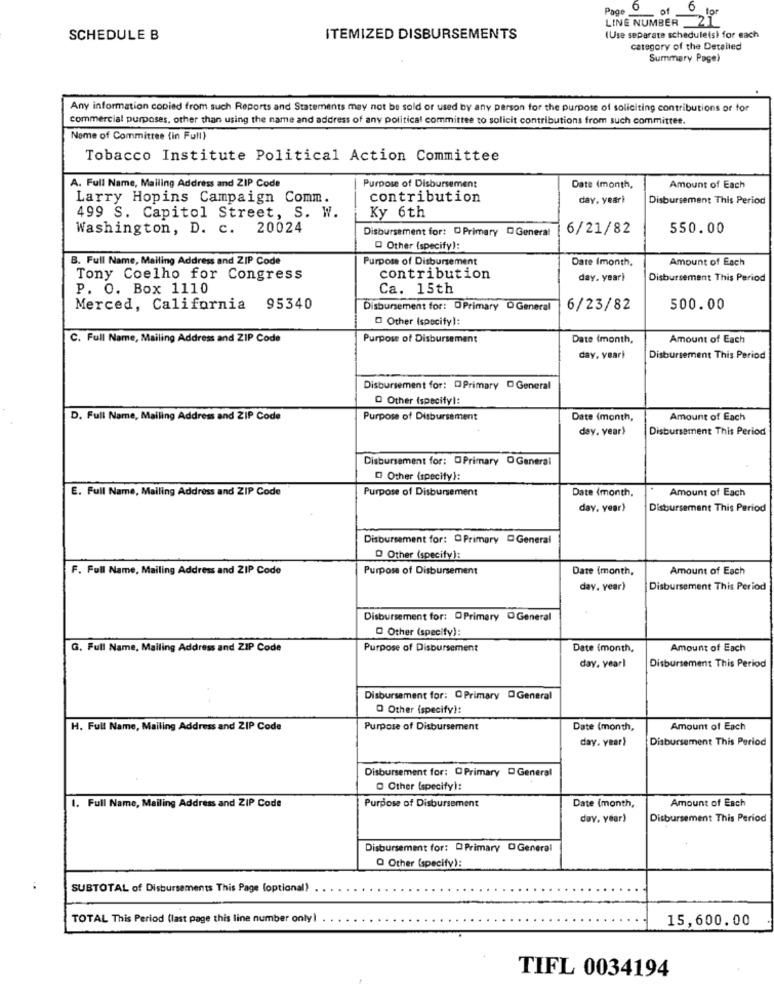
Page O
of 0
LINE NUMBER 2'"
SCHEDULE B
ITEMIZED DISBURSEMENTS
(Use separate schedule(s) for each
category of the Detailed
Summary Page)
Any information copied from such Reports and Statements may not be sold or used by any person for the purpose of soliciting contributions or for
commercial purposes, other than using the name and address of any political committee to solicit contributions from such committee.
Name of Committee (in Full)
Tobacco Institute Political Action Committee
A. Full Name, Mailing Address and ZIP Code
Purpose of Disbursement
Date (month,
Amount of Each
Larry Hopins Campaign Comm.
contribution
day, yeari
Disbursement This Period
499 S. Capitol Street, S. W.
Ky 6th
Washington, D. c. 20024
Disbursement for: D Primary D General
6/21/82
550.00
Other (specify):
B. Full Name, Mailing Address and ZIP Code
Purpose of Disbursement
Date Imonth,
Amount of Each
Tony Coelho for Congress
contribution
day. year)
Disbursement This Period
P. O. Box 1110
Ca. 15th
Merced, California
95340
Disbursement for: DPrimary DGeneral
6/23/82
500.00
Other (specify):
C. Full Name, Mailing Address and ZIP Code
Purpose of Disbursement
Date (month,
Amount of Each
day, yeari
Disbursement This Period
Disbursement for: DPrimary D General
O Other (specifyl:
D. Full Name, Mailing Address and ZIP Code
Purpose of Disbursement
Date (month,
Amount of Each
day. year)
Disbursement This Period
Disbursement for: DPrimary O General
@ Other (specify):
E. Full Name, Mailing Address and ZIP Code
Purpose of Disbursement
Amount of Each
Date (month,
day. year)
Disbursement This Period
Disbursement for: OPrimary DGeneral
Q Other (specify):
F. Full Name, Mailing Address and ZIP Code
Purpose of Disbursement
Date (month,
Amount of Each
day, year)
Disbursement This Period
Disbursement for: OPrimary DGeneral
Other (specify):
G. Full Name, Mailing Address and ZIP Code
Purpose of Disbursement
Date (month,
Amount of Each
day, year)
Disbursement This Period
Disbursement for: @ Primary OGeneral
O Other (specify):
H. Full Name, Mailing Address and ZIP Code
Purpose of Disbursement
Date (month,
Amount of Each
day. year)
Disbursement This Period
Disbursement for: O Primary D General
Other (specify):
Amount of Each
1. Full Name, Mailing Address and ZIP Code
Purpose of Disbursement
Date (month,
duy. year)
Disbursement This Period
Disbursement for: D Primary DGeneral
Q Other (specify):
SUBTOTAL of Disbursements This Page (optional)
TOTAL This Period (last page this line number only)
15,600.00
TIFL 0034194